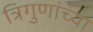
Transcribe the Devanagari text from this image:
त्रिगुणांच्या